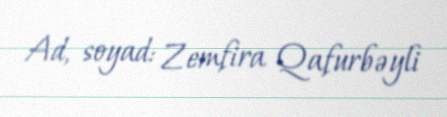
Ad, soyad: Zemfira Qafurbəyli